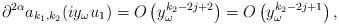
LaTeX: \begin{align*}\partial^{2 \alpha} a_{k_1,k_2}(i y_\omega u_1)= O\left(y_\omega^{k_2- 2 j+2} \right)=O\left( y_\omega^{k_2-2 j+1} \right),\end{align*}